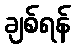
ချစ်ရန်